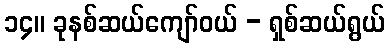
၁၄။ ခုနစ်ဆယ်ကျော်ဝယ် - ရှစ်ဆယ်ရွယ်